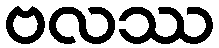
ဗလဿ